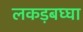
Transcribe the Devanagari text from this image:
लकड़बघ्घा